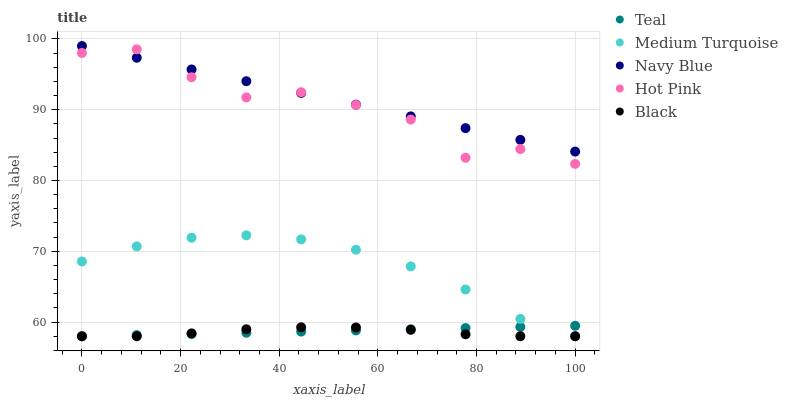
| xaxis_label | Teal | Medium Turquoise | Navy Blue | Hot Pink | Black |
 | --- | --- | --- | --- | --- | --- |
 | 0 | 58 | 68.6 | 99 | 98 | 58 |
 | 11.1 | 58.2 | 70.7 | 97.3 | 98.5 | 58 |
 | 22.2 | 58.3 | 71.9 | 95.7 | 94.6 | 58.4 |
 | 33.3 | 58.5 | 72.3 | 94 | 91.7 | 59 |
 | 44.4 | 58.7 | 71.7 | 92.4 | 92.5 | 59.3 |
 | 55.6 | 58.8 | 70.2 | 90.7 | 90.7 | 59.2 |
 | 66.7 | 59 | 67.9 | 89.1 | 88.6 | 58.9 |
 | 77.8 | 59.2 | 64.6 | 87.4 | 83.2 | 58.3 |
 | 88.9 | 59.3 | 60.5 | 85.7 | 84.4 | 58 |
 | 100 | 59.5 | 58 | 84.1 | 82.4 | 58 |